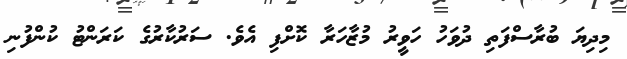
މިދިޔަ ބުރާސްފަތި ދުވަހު ހަވީރު މުޒާހަރާ ކޮށްފި އެވެ. ސަރުކާރުގެ ކަރަންޓު ކުންފުނި